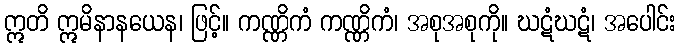
ဣတိ ဣမိနာနယေန၊ ဖြင့်။ ကဏ္ဏိကံ ကဏ္ဏိကံ၊ အစုအစုကို။ ဃဋံဃဋံ၊ အပေါင်း